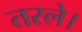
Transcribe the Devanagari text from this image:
तरले।